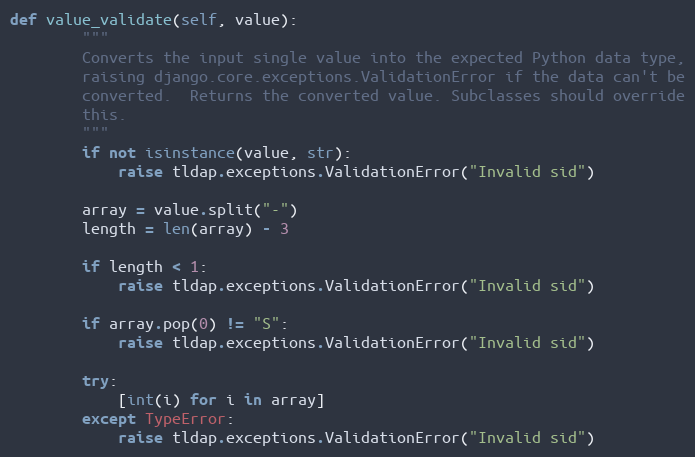
Language: Python
def value_validate(self, value):
        """
        Converts the input single value into the expected Python data type,
        raising django.core.exceptions.ValidationError if the data can't be
        converted.  Returns the converted value. Subclasses should override
        this.
        """
        if not isinstance(value, str):
            raise tldap.exceptions.ValidationError("Invalid sid")

        array = value.split("-")
        length = len(array) - 3

        if length < 1:
            raise tldap.exceptions.ValidationError("Invalid sid")

        if array.pop(0) != "S":
            raise tldap.exceptions.ValidationError("Invalid sid")

        try:
            [int(i) for i in array]
        except TypeError:
            raise tldap.exceptions.ValidationError("Invalid sid")